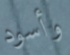
وأسود